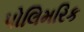
પોલિમરિક